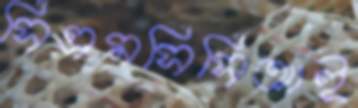
সিএমসিসিআই